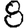
Digit: 8